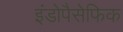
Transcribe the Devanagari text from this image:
इंडोपैसेफिक